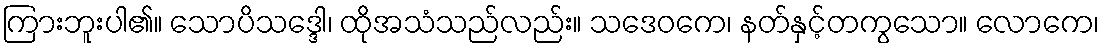
ကြားဘူးပါ၏။ သောပိသဒ္ဒေါ၊ ထိုအသံသည်လည်း။ သဒေဝကေ၊ နတ်နှင့်တကွသော။ လောကေ၊